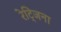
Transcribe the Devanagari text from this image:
रेट्जिना